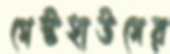
গেস্টহাউসের